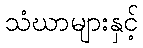
သံဃာများနှင့်